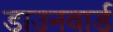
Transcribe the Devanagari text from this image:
डाउनवार्ड